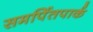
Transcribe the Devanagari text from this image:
समर्पितपार्क